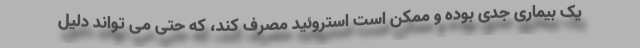
یک بیماری جدی بوده و ممکن است استروئید مصرف کند، که حتی می تواند دلیل